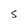
Character: S